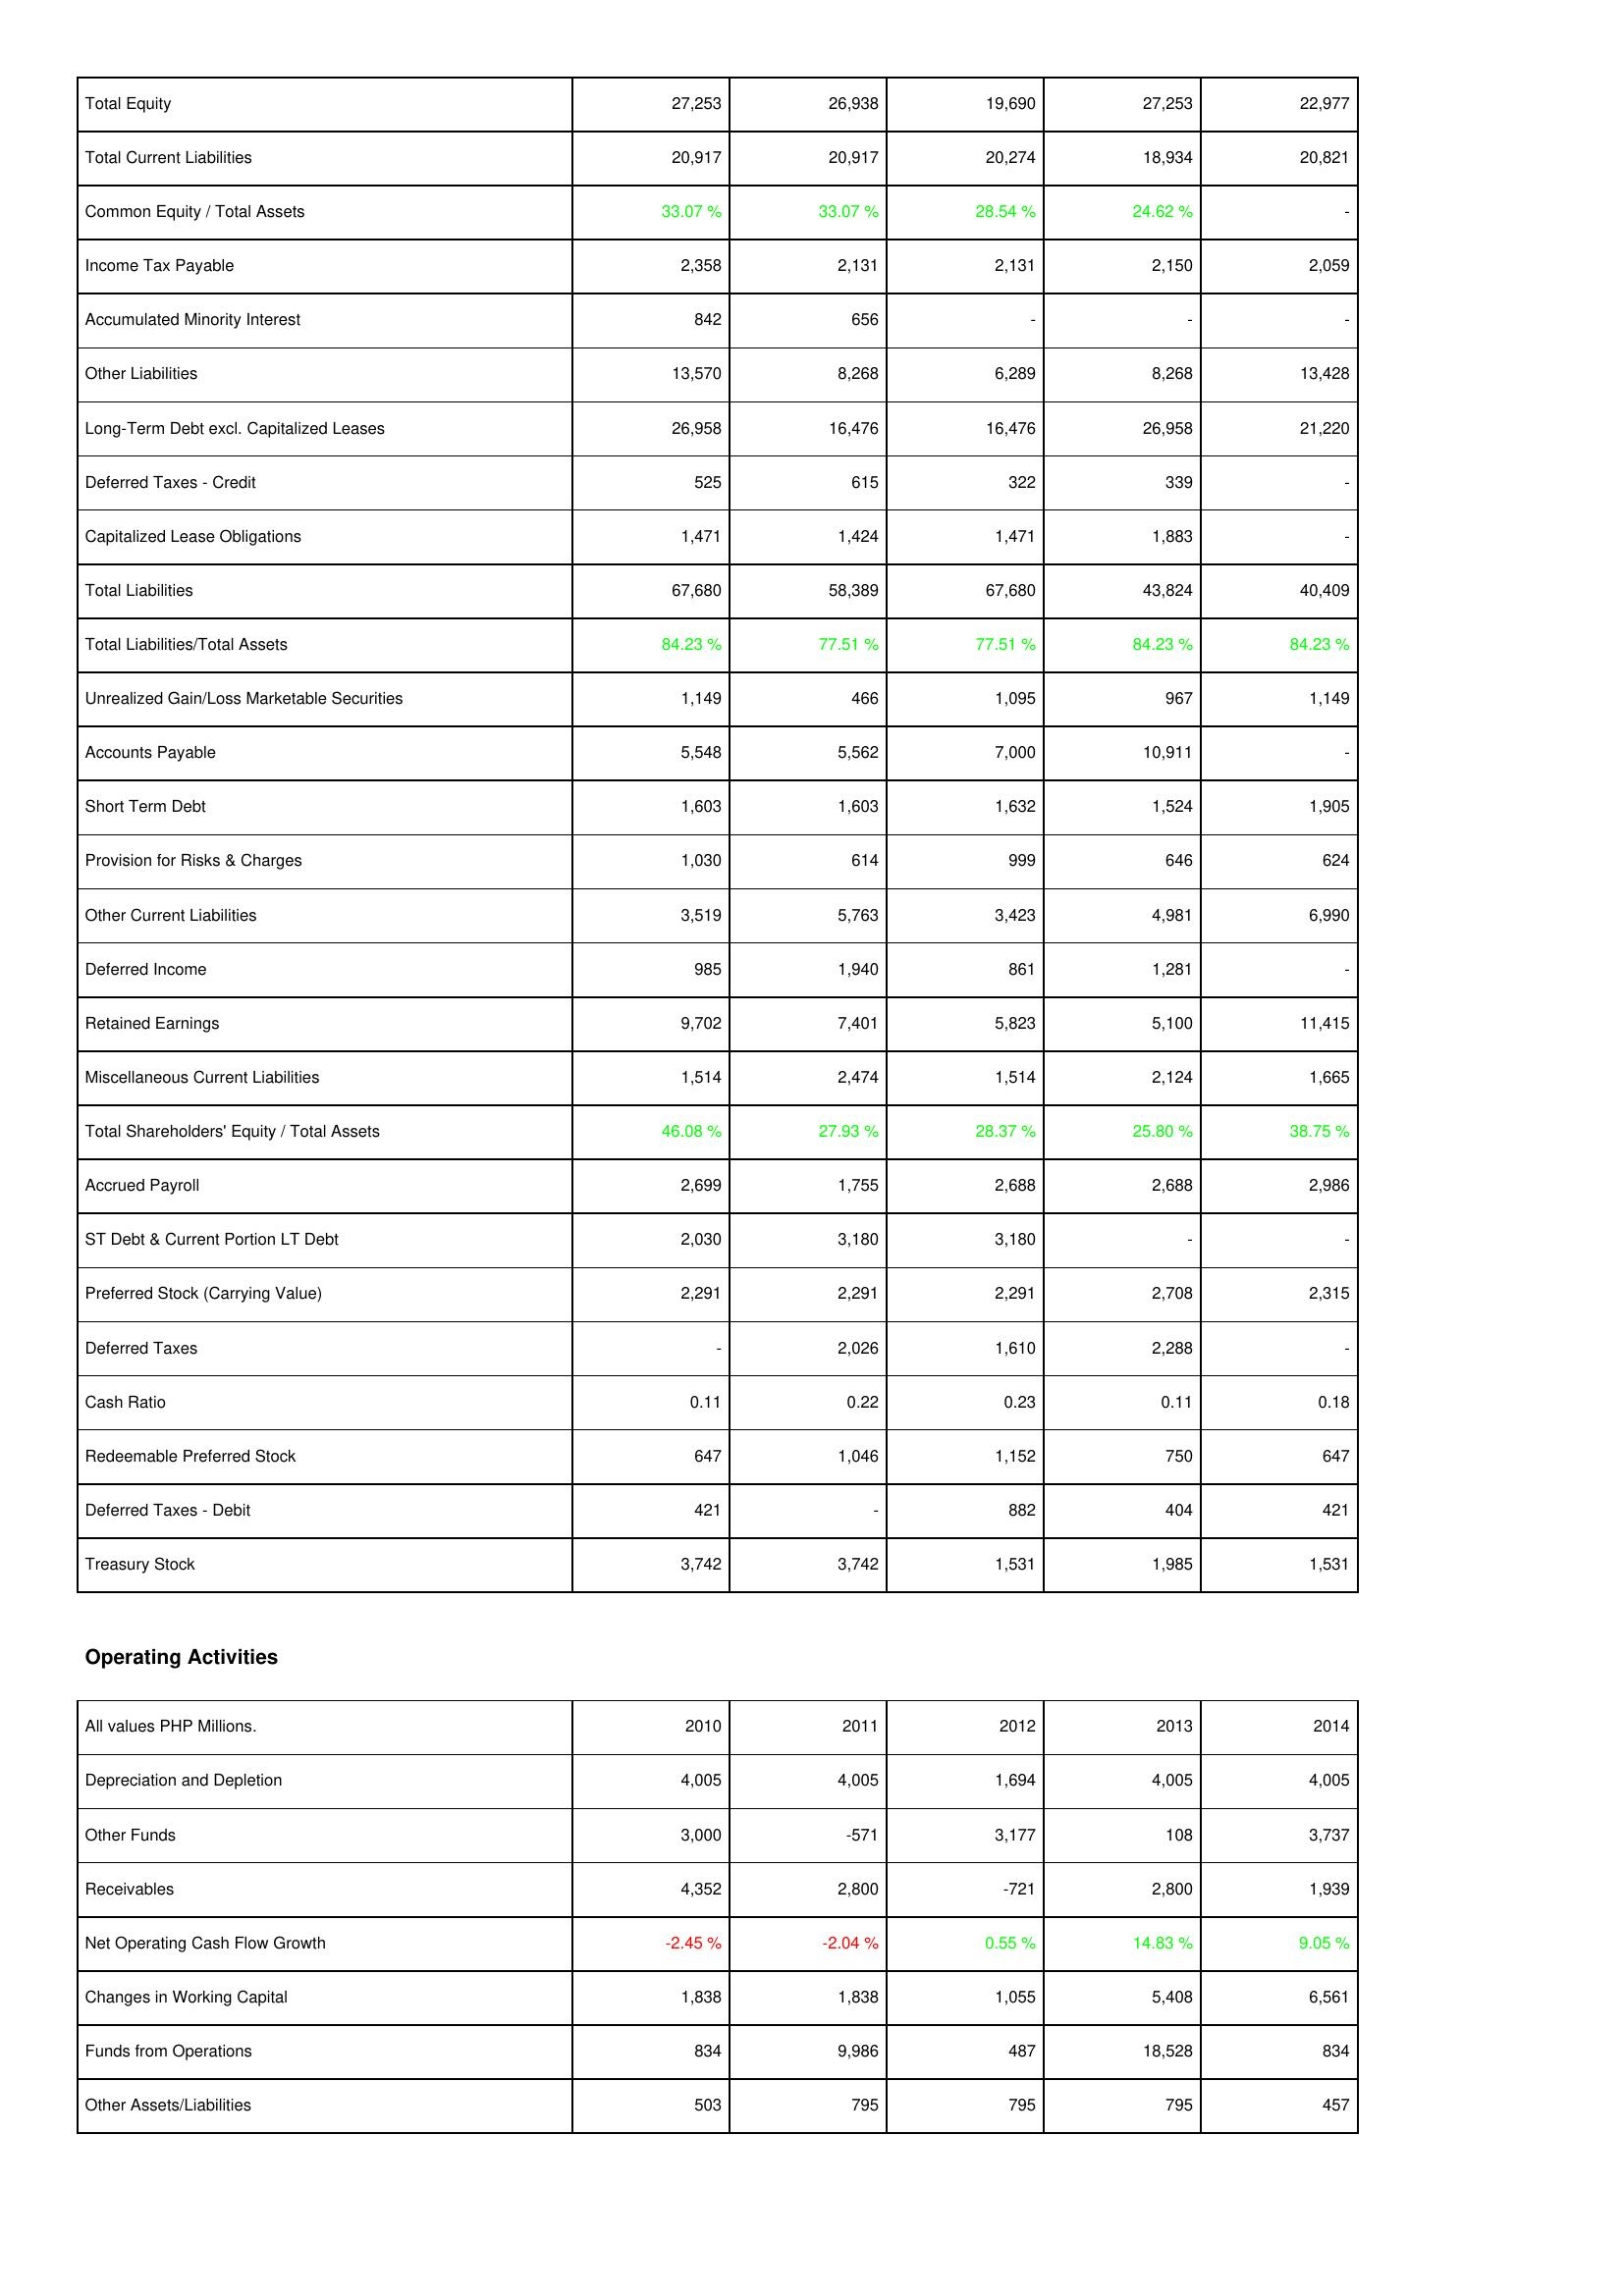
2010: Liabilities & Shareholders' Equity: Total Equity: 27,253
Total Current Liabilities: 20,917
Common Equity / Total Assets: 33.07 %
Income Tax Payable: 2,358
Accumulated Minority Interest: 842
Other Liabilities: 13,570
Long-Term Debt excl. Capitalized Leases: 26,958
Deferred Taxes - Credit: 525
Capitalized Lease Obligations: 1,471
Total Liabilities: 67,680
Total Liabilities/Total Assets: 84.23 %
Unrealized Gain/Loss Marketable Securities: 1,149
Accounts Payable: 5,548
Short Term Debt: 1,603
Provision for Risks & Charges: 1,030
Other Current Liabilities: 3,519
Deferred Income: 985
Retained Earnings: 9,702
Miscellaneous Current Liabilities: 1,514
Total Shareholders' Equity / Total Assets: 46.08 %
Accrued Payroll: 2,699
ST Debt & Current Portion LT Debt: 2,030
Preferred Stock (Carrying Value): 2,291
Deferred Taxes: -
Cash Ratio: 0.11
Redeemable Preferred Stock: 647
Deferred Taxes - Debit: 421
Treasury Stock: 3,742
Operating Activities: Depreciation and Depletion: 4,005
Other Funds: 3,000
Receivables: 4,352
Net Operating Cash Flow Growth: -2.45 %
Changes in Working Capital: 1,838
Funds from Operations: 834
Other Assets/Liabilities: 503
2011: Liabilities & Shareholders' Equity: Total Equity: 26,938
Total Current Liabilities: 20,917
Common Equity / Total Assets: 33.07 %
Income Tax Payable: 2,131
Accumulated Minority Interest: 656
Other Liabilities: 8,268
Long-Term Debt excl. Capitalized Leases: 16,476
Deferred Taxes - Credit: 615
Capitalized Lease Obligations: 1,424
Total Liabilities: 58,389
Total Liabilities/Total Assets: 77.51 %
Unrealized Gain/Loss Marketable Securities: 466
Accounts Payable: 5,562
Short Term Debt: 1,603
Provision for Risks & Charges: 614
Other Current Liabilities: 5,763
Deferred Income: 1,940
Retained Earnings: 7,401
Miscellaneous Current Liabilities: 2,474
Total Shareholders' Equity / Total Assets: 27.93 %
Accrued Payroll: 1,755
ST Debt & Current Portion LT Debt: 3,180
Preferred Stock (Carrying Value): 2,291
Deferred Taxes: 2,026
Cash Ratio: 0.22
Redeemable Preferred Stock: 1,046
Deferred Taxes - Debit: -
Treasury Stock: 3,742
Operating Activities: Depreciation and Depletion: 4,005
Other Funds: -571
Receivables: 2,800
Net Operating Cash Flow Growth: -2.04 %
Changes in Working Capital: 1,838
Funds from Operations: 9,986
Other Assets/Liabilities: 795
2012: Liabilities & Shareholders' Equity: Total Equity: 19,690
Total Current Liabilities: 20,274
Common Equity / Total Assets: 28.54 %
Income Tax Payable: 2,131
Accumulated Minority Interest: -
Other Liabilities: 6,289
Long-Term Debt excl. Capitalized Leases: 16,476
Deferred Taxes - Credit: 322
Capitalized Lease Obligations: 1,471
Total Liabilities: 67,680
Total Liabilities/Total Assets: 77.51 %
Unrealized Gain/Loss Marketable Securities: 1,095
Accounts Payable: 7,000
Short Term Debt: 1,632
Provision for Risks & Charges: 999
Other Current Liabilities: 3,423
Deferred Income: 861
Retained Earnings: 5,823
Miscellaneous Current Liabilities: 1,514
Total Shareholders' Equity / Total Assets: 28.37 %
Accrued Payroll: 2,688
ST Debt & Current Portion LT Debt: 3,180
Preferred Stock (Carrying Value): 2,291
Deferred Taxes: 1,610
Cash Ratio: 0.23
Redeemable Preferred Stock: 1,152
Deferred Taxes - Debit: 882
Treasury Stock: 1,531
Operating Activities: Depreciation and Depletion: 1,694
Other Funds: 3,177
Receivables: -721
Net Operating Cash Flow Growth: 0.55 %
Changes in Working Capital: 1,055
Funds from Operations: 487
Other Assets/Liabilities: 795
2013: Liabilities & Shareholders' Equity: Total Equity: 27,253
Total Current Liabilities: 18,934
Common Equity / Total Assets: 24.62 %
Income Tax Payable: 2,150
Accumulated Minority Interest: -
Other Liabilities: 8,268
Long-Term Debt excl. Capitalized Leases: 26,958
Deferred Taxes - Credit: 339
Capitalized Lease Obligations: 1,883
Total Liabilities: 43,824
Total Liabilities/Total Assets: 84.23 %
Unrealized Gain/Loss Marketable Securities: 967
Accounts Payable: 10,911
Short Term Debt: 1,524
Provision for Risks & Charges: 646
Other Current Liabilities: 4,981
Deferred Income: 1,281
Retained Earnings: 5,100
Miscellaneous Current Liabilities: 2,124
Total Shareholders' Equity / Total Assets: 25.80 %
Accrued Payroll: 2,688
ST Debt & Current Portion LT Debt: -
Preferred Stock (Carrying Value): 2,708
Deferred Taxes: 2,288
Cash Ratio: 0.11
Redeemable Preferred Stock: 750
Deferred Taxes - Debit: 404
Treasury Stock: 1,985
Operating Activities: Depreciation and Depletion: 4,005
Other Funds: 108
Receivables: 2,800
Net Operating Cash Flow Growth: 14.83 %
Changes in Working Capital: 5,408
Funds from Operations: 18,528
Other Assets/Liabilities: 795
2014: Liabilities & Shareholders' Equity: Total Equity: 22,977
Total Current Liabilities: 20,821
Common Equity / Total Assets: -
Income Tax Payable: 2,059
Accumulated Minority Interest: -
Other Liabilities: 13,428
Long-Term Debt excl. Capitalized Leases: 21,220
Deferred Taxes - Credit: -
Capitalized Lease Obligations: -
Total Liabilities: 40,409
Total Liabilities/Total Assets: 84.23 %
Unrealized Gain/Loss Marketable Securities: 1,149
Accounts Payable: -
Short Term Debt: 1,905
Provision for Risks & Charges: 624
Other Current Liabilities: 6,990
Deferred Income: -
Retained Earnings: 11,415
Miscellaneous Current Liabilities: 1,665
Total Shareholders' Equity / Total Assets: 38.75 %
Accrued Payroll: 2,986
ST Debt & Current Portion LT Debt: -
Preferred Stock (Carrying Value): 2,315
Deferred Taxes: -
Cash Ratio: 0.18
Redeemable Preferred Stock: 647
Deferred Taxes - Debit: 421
Treasury Stock: 1,531
Operating Activities: Depreciation and Depletion: 4,005
Other Funds: 3,737
Receivables: 1,939
Net Operating Cash Flow Growth: 9.05 %
Changes in Working Capital: 6,561
Funds from Operations: 834
Other Assets/Liabilities: 457